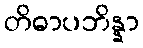
တိဓာပဘိန္နာ